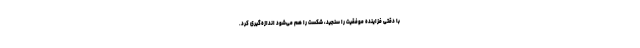
با دقتی فزاینده موفقیت را سنجید، شکست را هم می‌شود اندازه‌گیری کرد.